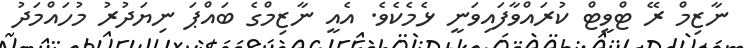
ނާޒިމް ރޭ ޓްވީޓް ކުރައްވާފައިވަނީ ޅެމެކެވެ. އެއީ ނާޒިމްގެ ބައްޕަ ނިޔަދުރު މުހައްމަދު